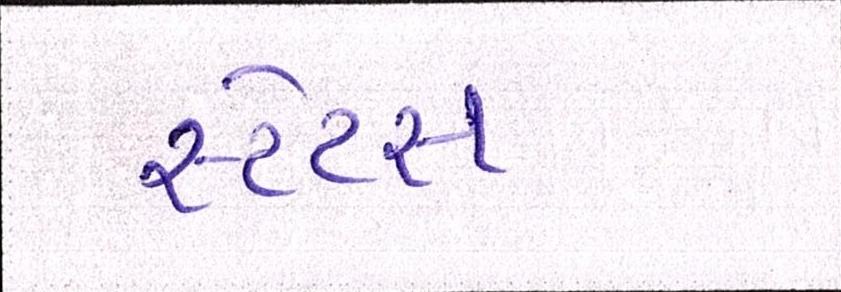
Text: સ્ટેટસ